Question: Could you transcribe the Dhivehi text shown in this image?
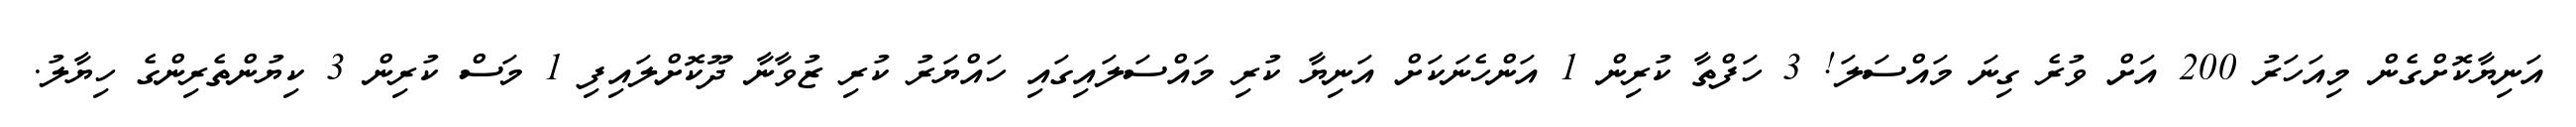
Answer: އަނިޔާކޮށްގެން މިއަހަރު 200 އަށް ވުރެ ގިނަ މައްސަލަ! 3 ހަފްތާ ކުރިން 1 އަންހެނަކަށް އަނިޔާ ކުރި މައްސަލައިގައި ހައްޔަރު ކުރި ޒުވާނާ ދޫކޮށްލައިފި 1 މަސް ކުރިން 3 ކިޔުންތެރިންގެ ހިޔާލު.